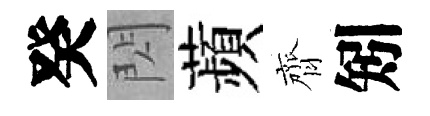
癸閃蘋齊矧